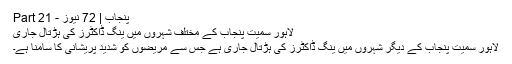
پنجاب | 72 نیوز - Part 21
لاہور سمیت پنجاب کے مختلف شہروں میں ینگ ڈاکٹرز کی ہڑتال جاری
لاہور سمیت پنجاب کے دیگر شہروں میں ینگ ڈاکٹرز کی ہڑتال جاری ہے جس سے مریضوں کو شدید پریشانی کا سامنا ہے۔